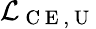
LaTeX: \mathcal{L}_{\mathrm{~C~E~,~U~}}